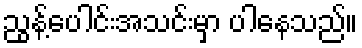
ညွန့်ပေါင်းအသင်းမှာ ပါနေသည်။